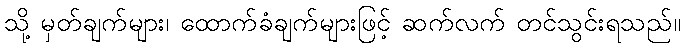
သို့ မှတ်ချက်များ၊ ထောက်ခံချက်များဖြင့် ဆက်လက် တင်သွင်းရသည်။